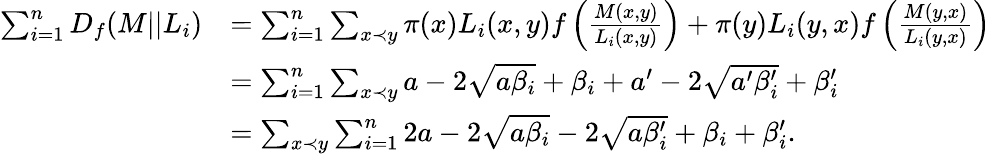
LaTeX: \begin{array}{rl}{\sum_{i=1}^{n}D_{f}(M||L_{i})}&{=\sum_{i=1}^{n}\sum_{x\prec y}\pi(x)L_{i}(x,y)f\left(\frac{M(x,y)}{L_{i}(x,y)}\right)+\pi(y)L_{i}(y,x)f\left(\frac{M(y,x)}{L_{i}(y,x)}\right)}\\ &{=\sum_{i=1}^{n}\sum_{x\prec y}a-2\sqrt{a\beta_{i}}+\beta_{i}+a^{\prime}-2\sqrt{a^{\prime}\beta_{i}^{\prime}}+\beta_{i}^{\prime}}\\ &{=\sum_{x\prec y}\sum_{i=1}^{n}2a-2\sqrt{a\beta_{i}}-2\sqrt{a\beta_{i}^{\prime}}+\beta_{i}+\beta_{i}^{\prime}.}\end{array}